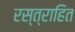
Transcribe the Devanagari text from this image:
रस्त्राहित